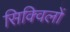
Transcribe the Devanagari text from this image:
सिक्विलों